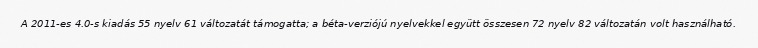
A 2011-es 4.0-s kiadás 55 nyelv 61 változatát támogatta; a béta-verziójú nyelvekkel együtt összesen 72 nyelv 82 változatán volt használható.